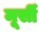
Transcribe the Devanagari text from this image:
मूर्सी